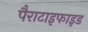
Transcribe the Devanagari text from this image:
पैराटाइफाइड